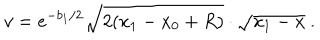
v = e ^ { - b _ { 1 } / 2 } \sqrt { 2 ( x _ { 1 } - x _ { 0 } + R ) } \cdot \sqrt { x _ { 1 } - x } ~ .